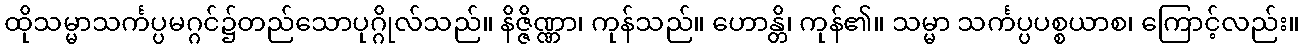
ထိုသမ္မာသင်္ကပ္ပမဂ္ဂင်၌တည်သောပုဂ္ဂိုလ်သည်။ နိဇ္ဇိဏ္ဏာ၊ ကုန်သည်။ ဟောန္တိ၊ ကုန်၏။ သမ္မာ သင်္ကပ္ပပစ္စယာစ၊ ကြောင့်လည်း။